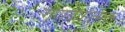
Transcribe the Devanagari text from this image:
गणवेषात्मक